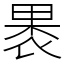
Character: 褁